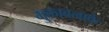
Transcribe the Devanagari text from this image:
मुकाबलाके